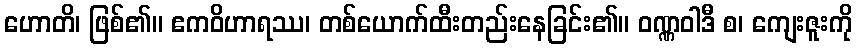
ဟောတိ၊ ဖြစ်၏။ ဧကဝိဟာရဿ၊ တစ်ယောက်ထီးတည်းနေခြင်း၏။ ဝဏ္ဏဝါဒီ စ၊ ကျေးဇူးကို